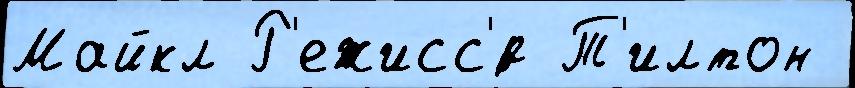
Майкл Р'ежисс'́р Т'илтон